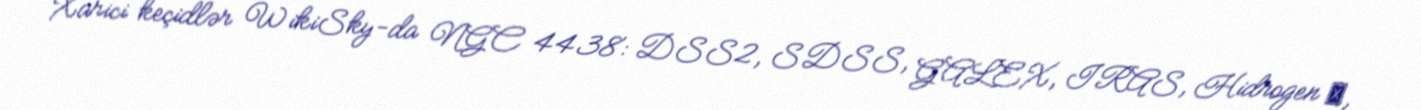
Xarici keçidlər WikiSky-da NGC 4438: DSS2, SDSS, GALEX, IRAS, Hidrogen α,